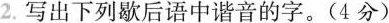
2.写出下列歇后语中谐音的字。(4分)